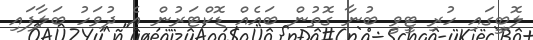
ލޮބީގައި ހުރި ޓީވީ ބުނާ ގޮތުން ބައެއް ޑޮކްޓަރުން އެ ދުވަހު ބަލާފައި